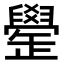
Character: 𦦯